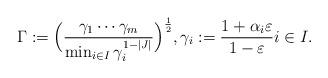
LaTeX: \begin{align*}\Gamma :=\Big(\frac{\gamma_1\cdots \gamma_m}{\min_{i\in I} \gamma_i^{1-|J|}}\Big)^{\frac{1}{2}}, \gamma_i :=\frac{1+\alpha_i\varepsilon}{1-\varepsilon} i\in I.\end{align*}